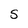
Character: S